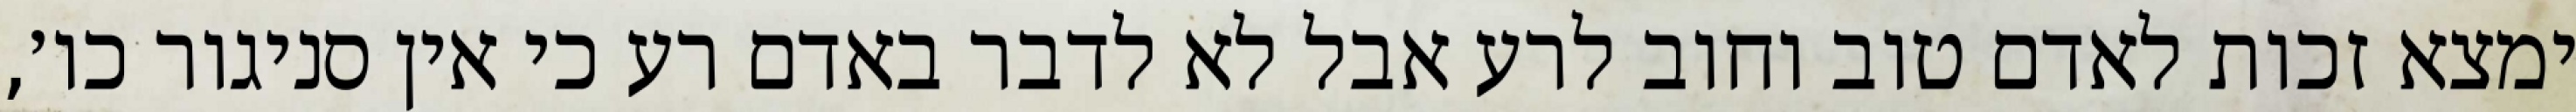
ימצא זכות לאדם טוב וחוב לרע אבל לא לדבר באדם רע כי אין סניגור כו׳,